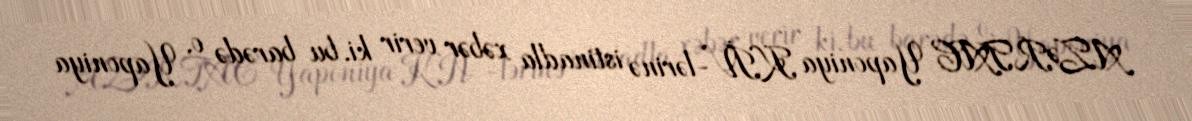
AZƏRTAC Yaponiya KİV-lərinə istinadla xəbər verir ki, bu barədə o, Yaponiya